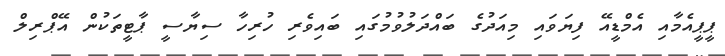
ޕީޕީއެމާއި އެމްޑީއޭ ފިޔަވައި މިއަދުގެ ބައްދަލުވުމުގައި ބައިވެރި ހުރިހާ ސިޔާސީ ޕާޓީތަކުން އޭޕްރިލް